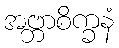
အဗ္ဘာစိက္ခနံ